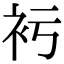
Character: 𧘚